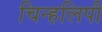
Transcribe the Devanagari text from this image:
चिन्हलिपी